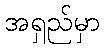
အရှည်မှာ